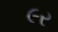
૯ર